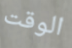
الوقت